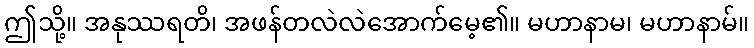
ဤသို့။ အနုဿရတိ၊ အဖန်တလဲလဲအောက်မေ့၏။ မဟာနာမ၊ မဟာနာမ်။